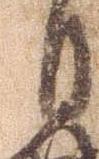
月